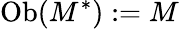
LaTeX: \operatorname{Ob}(M^{*}):=M